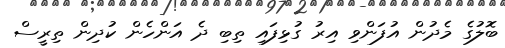
ބޮލުގެ މެދުން އުފަންވި އިރު ގުޅިފައި ތިބި ދެ އަންހެން ކުދިން ތިރީސް